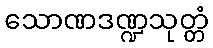
သောဏဒဏ္ဍသုတ္တံ